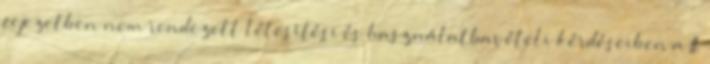
fejezetben nem rendezett létesítési és használatbavételi kérdéseiben a II.